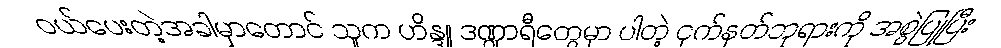
ဝယ်ပေးတဲ့အခါမှာတောင် သူက ဟိန္ဒူ ဒဏ္ဍာရီတွေမှာ ပါတဲ့ ငှက်နတ်ဘုရားကို အစွဲပြုပြီး